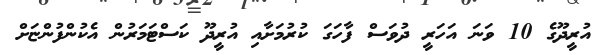
އުރީދޫގެ 10 ވަނަ އަހަރީ ދުވަސް ފާހަގަ ކުރުމަށާއި އުރީދޫ ކަސްޓަމަރުން އެކުންފުންޏަށް